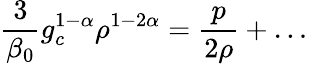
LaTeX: \frac{3}{\beta_{0}}g_{c}^{1-\alpha}\rho^{1-2\alpha}=\frac{p}{2\rho}+\ldots\,